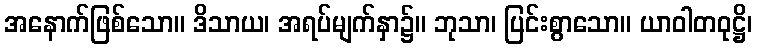
အနောက်ဖြစ်သော။ ဒိသာယ၊ အရပ်မျက်နှာ၌။ ဘုသာ၊ ပြင်းစွာသော။ ယာဝါတဝုဋ္ဌိ၊